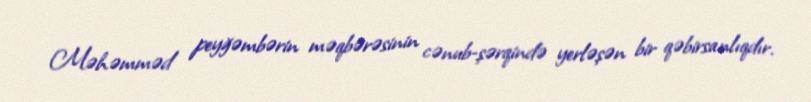
Məhəmməd peyğəmbərin məqbərəsinin cənub-şərqində yerləşən bir qəbirsanlıqdır.